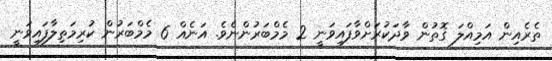
ތެރެއިން އަމިއްލަ ގޮތުން ވާދަކުރަށްވާފައިވަނީ 2 މެމްބަރުންނެވެ. އަނެއް 6 މެމްބަރުން ކުރިމަތިލާފައިވަނީ